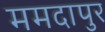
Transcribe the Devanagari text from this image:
ममदापुर